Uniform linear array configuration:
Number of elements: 16
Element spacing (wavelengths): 0.25
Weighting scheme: kaiser
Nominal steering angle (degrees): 30
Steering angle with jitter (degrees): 30.03
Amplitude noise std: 0.05
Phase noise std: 0.05

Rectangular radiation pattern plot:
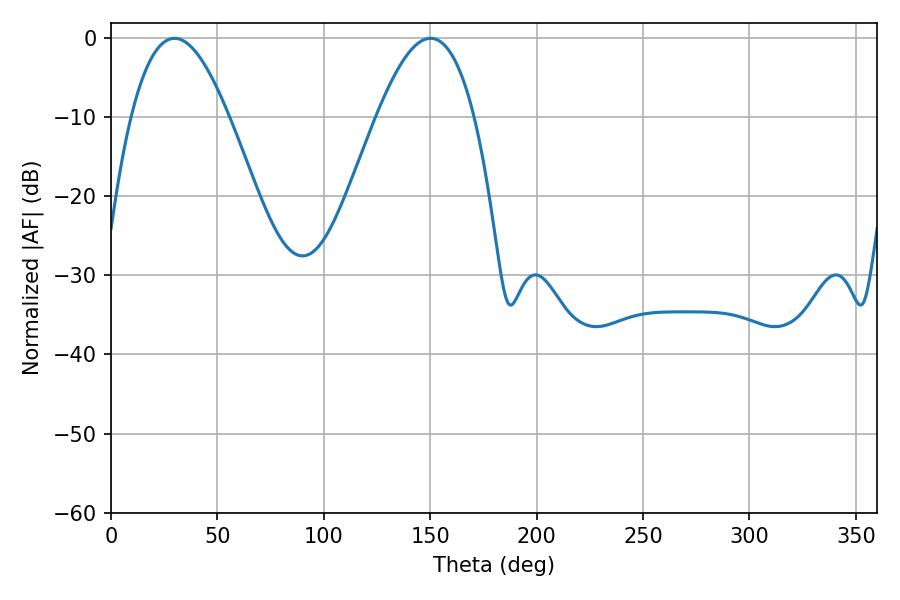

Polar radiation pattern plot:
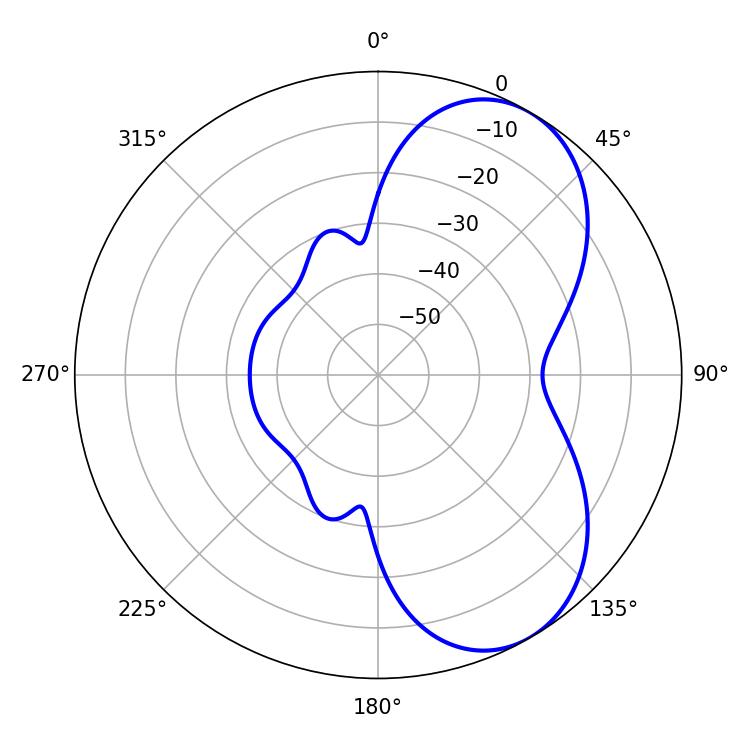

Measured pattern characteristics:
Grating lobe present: FALSE
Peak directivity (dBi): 6.146
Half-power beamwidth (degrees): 25.02
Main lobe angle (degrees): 29.88